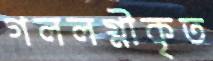
গললগ্নীকৃত